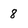
Character: 8